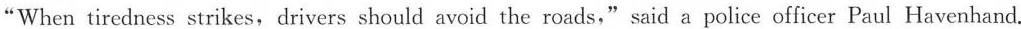
When tiredness strikes, drivers should avoid the roads," said a police officer Paul Havenhand.